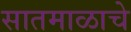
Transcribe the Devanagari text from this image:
सातमाळाचे